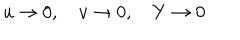
u \rightarrow 0 , \quad v \rightarrow 0 , \quad Y \rightarrow 0